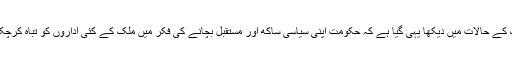
اب تک کے حالات میں دیکھا یہی گیا ہے کہ حکومت اپنی سیاسی ساکھ اور مستقبل بچانے کی فکر میں ملک کے کئی اداروں کو تباہ کرچکی ہے۔